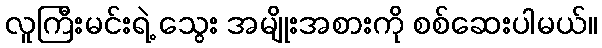
လူကြီးမင်းရဲ့ သွေး အမျိုးအစားကို စစ်ဆေးပါမယ်။